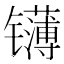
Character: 𬮁